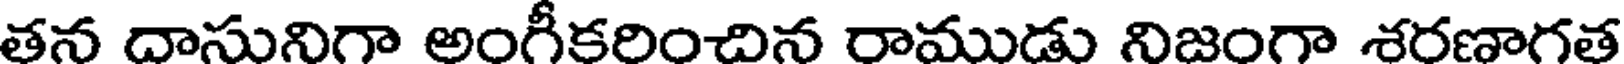
తన దాసునిగా అంగీకరించిన రాముడు నిజంగా శరణాగత